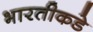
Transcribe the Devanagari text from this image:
भारतीकडे